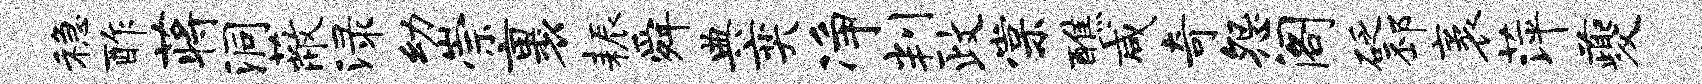
稳酢蒋洞蔽渌幼崇裹耨舜典奕净判政棠醮咸奇怨阁砭邳袤萍夔